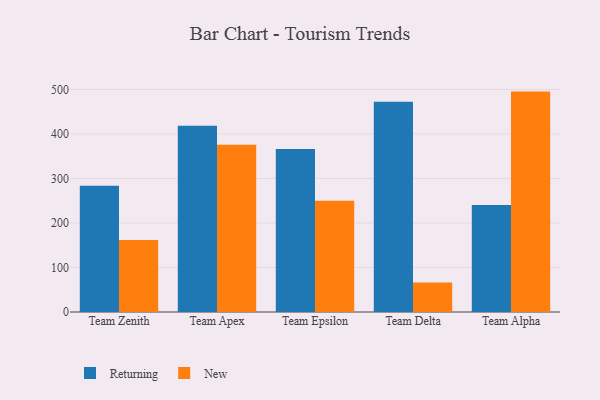
{"axis": {"x": "Team", "y": "Humidity (%)"}, "legend": ["New", "Returning"], "data": [{"x": "Team Zenith", "y": 283.8, "type": "Returning"}, {"x": "Team Zenith", "y": 161.9, "type": "New"}, {"x": "Team Apex", "y": 418.4, "type": "Returning"}, {"x": "Team Apex", "y": 375.5, "type": "New"}, {"x": "Team Epsilon", "y": 366.1, "type": "Returning"}, {"x": "Team Epsilon", "y": 249.7, "type": "New"}, {"x": "Team Delta", "y": 472.5, "type": "Returning"}, {"x": "Team Delta", "y": 66.2, "type": "New"}, {"x": "Team Alpha", "y": 240.6, "type": "Returning"}, {"x": "Team Alpha", "y": 495.1, "type": "New"}]}